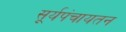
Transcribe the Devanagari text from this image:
सूर्यपंचायतन